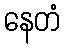
နေတံ